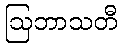
ဩဘာသတီ